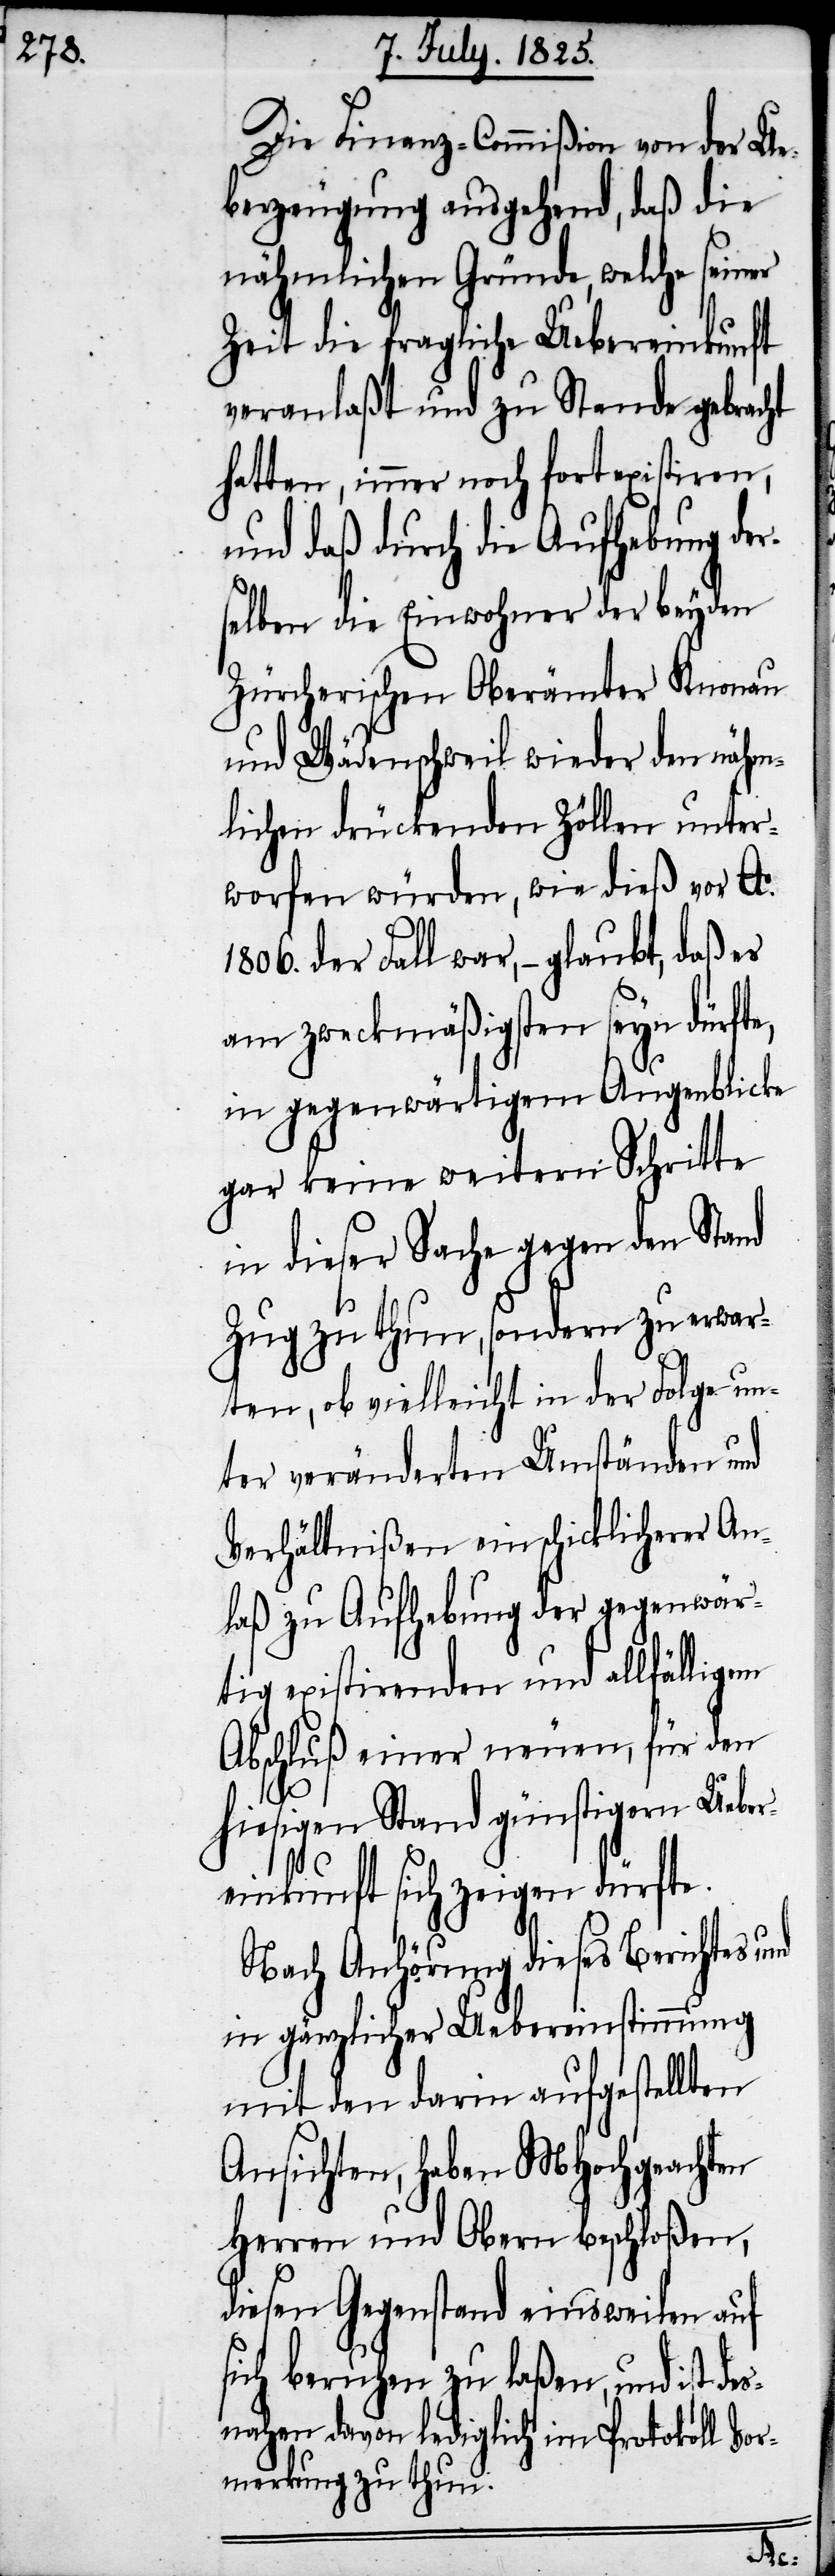
Die Finanz-Commißion von Ue¬
berzeugung ausgehend, daß die
nähmlichen Gründe, welche seiner
Zeit die fragliche Uebereinkunft
veranlaßt und zu Stande gebracht
hatten, immer noch fortexistiren,
und daß durch die Aufhebung der¬
selben die Einwohner der beyden
Zürcherischen Oberämter Knonau
und Wädenschweil wieder den nähm¬
lichen drückenden Zöllen unter¬
worfen würden, wie dieß vor Ao.
1806. der Fall war, – glaubt, daß es
am zweckmäßigsten seyn dürfte,
in gegenwärtigem Augenblicke
gar keine weitern Schritte
in dieser Sache gegen den Stand
Zug zu thun, sondern zu erwar¬
ten, ob vielleicht in der Folge un¬
ter veränderten Umständen und
Verhältnißen ein schicklicherer An¬
laß zu Aufhebung der gegenwär¬
tig existirenden und allfälligem
Abschluß einer neuen, für den
hiesigen Stand günstigern Uebe¬
reinkunft sich zeigen dürfte.
Nach Anhörung dieses Berichtes und
in gänzlicher Uebereinstimmung
mit den darin aufgestellten
Ansichten, haben MHochgeachten
Herren und Obern beschloßen,
diesen Gegenstand einsweilen auf
sich beruhen zu laßen, und ist de¬
snahen davon lediglich im Protokoll Vor¬
merkung zu thun.